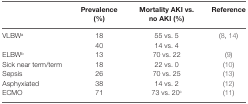
<table><thead><tr><td></td><td><b>Prevalence (%)</b></td><td><b>Mortality AKI vs. no AKI (%)</b></td><td><b>Reference</b></td></tr></thead><tbody><tr><td rowspan="2">VLBW<sup>a</sup></td><td>18</td><td>55 vs. 5</td><td rowspan="2">(8, 14)</td></tr><tr><td>40</td><td>14 vs. 4</td></tr><tr><td>ELBW<sup>b</sup></td><td>13</td><td>70 vs. 22</td><td>(9)</td></tr><tr><td>Sick near term/term</td><td>18</td><td>22 vs. 0</td><td>(10)</td></tr><tr><td>Sepsis</td><td>26</td><td>70 vs. 25</td><td>(13)</td></tr><tr><td>Asphyxiated</td><td>38</td><td>14 vs. 2</td><td>(12)</td></tr><tr><td>ECMO</td><td>71</td><td>73 vs. 20<sup>c</sup></td><td>(11)</td></tr></tbody></table>